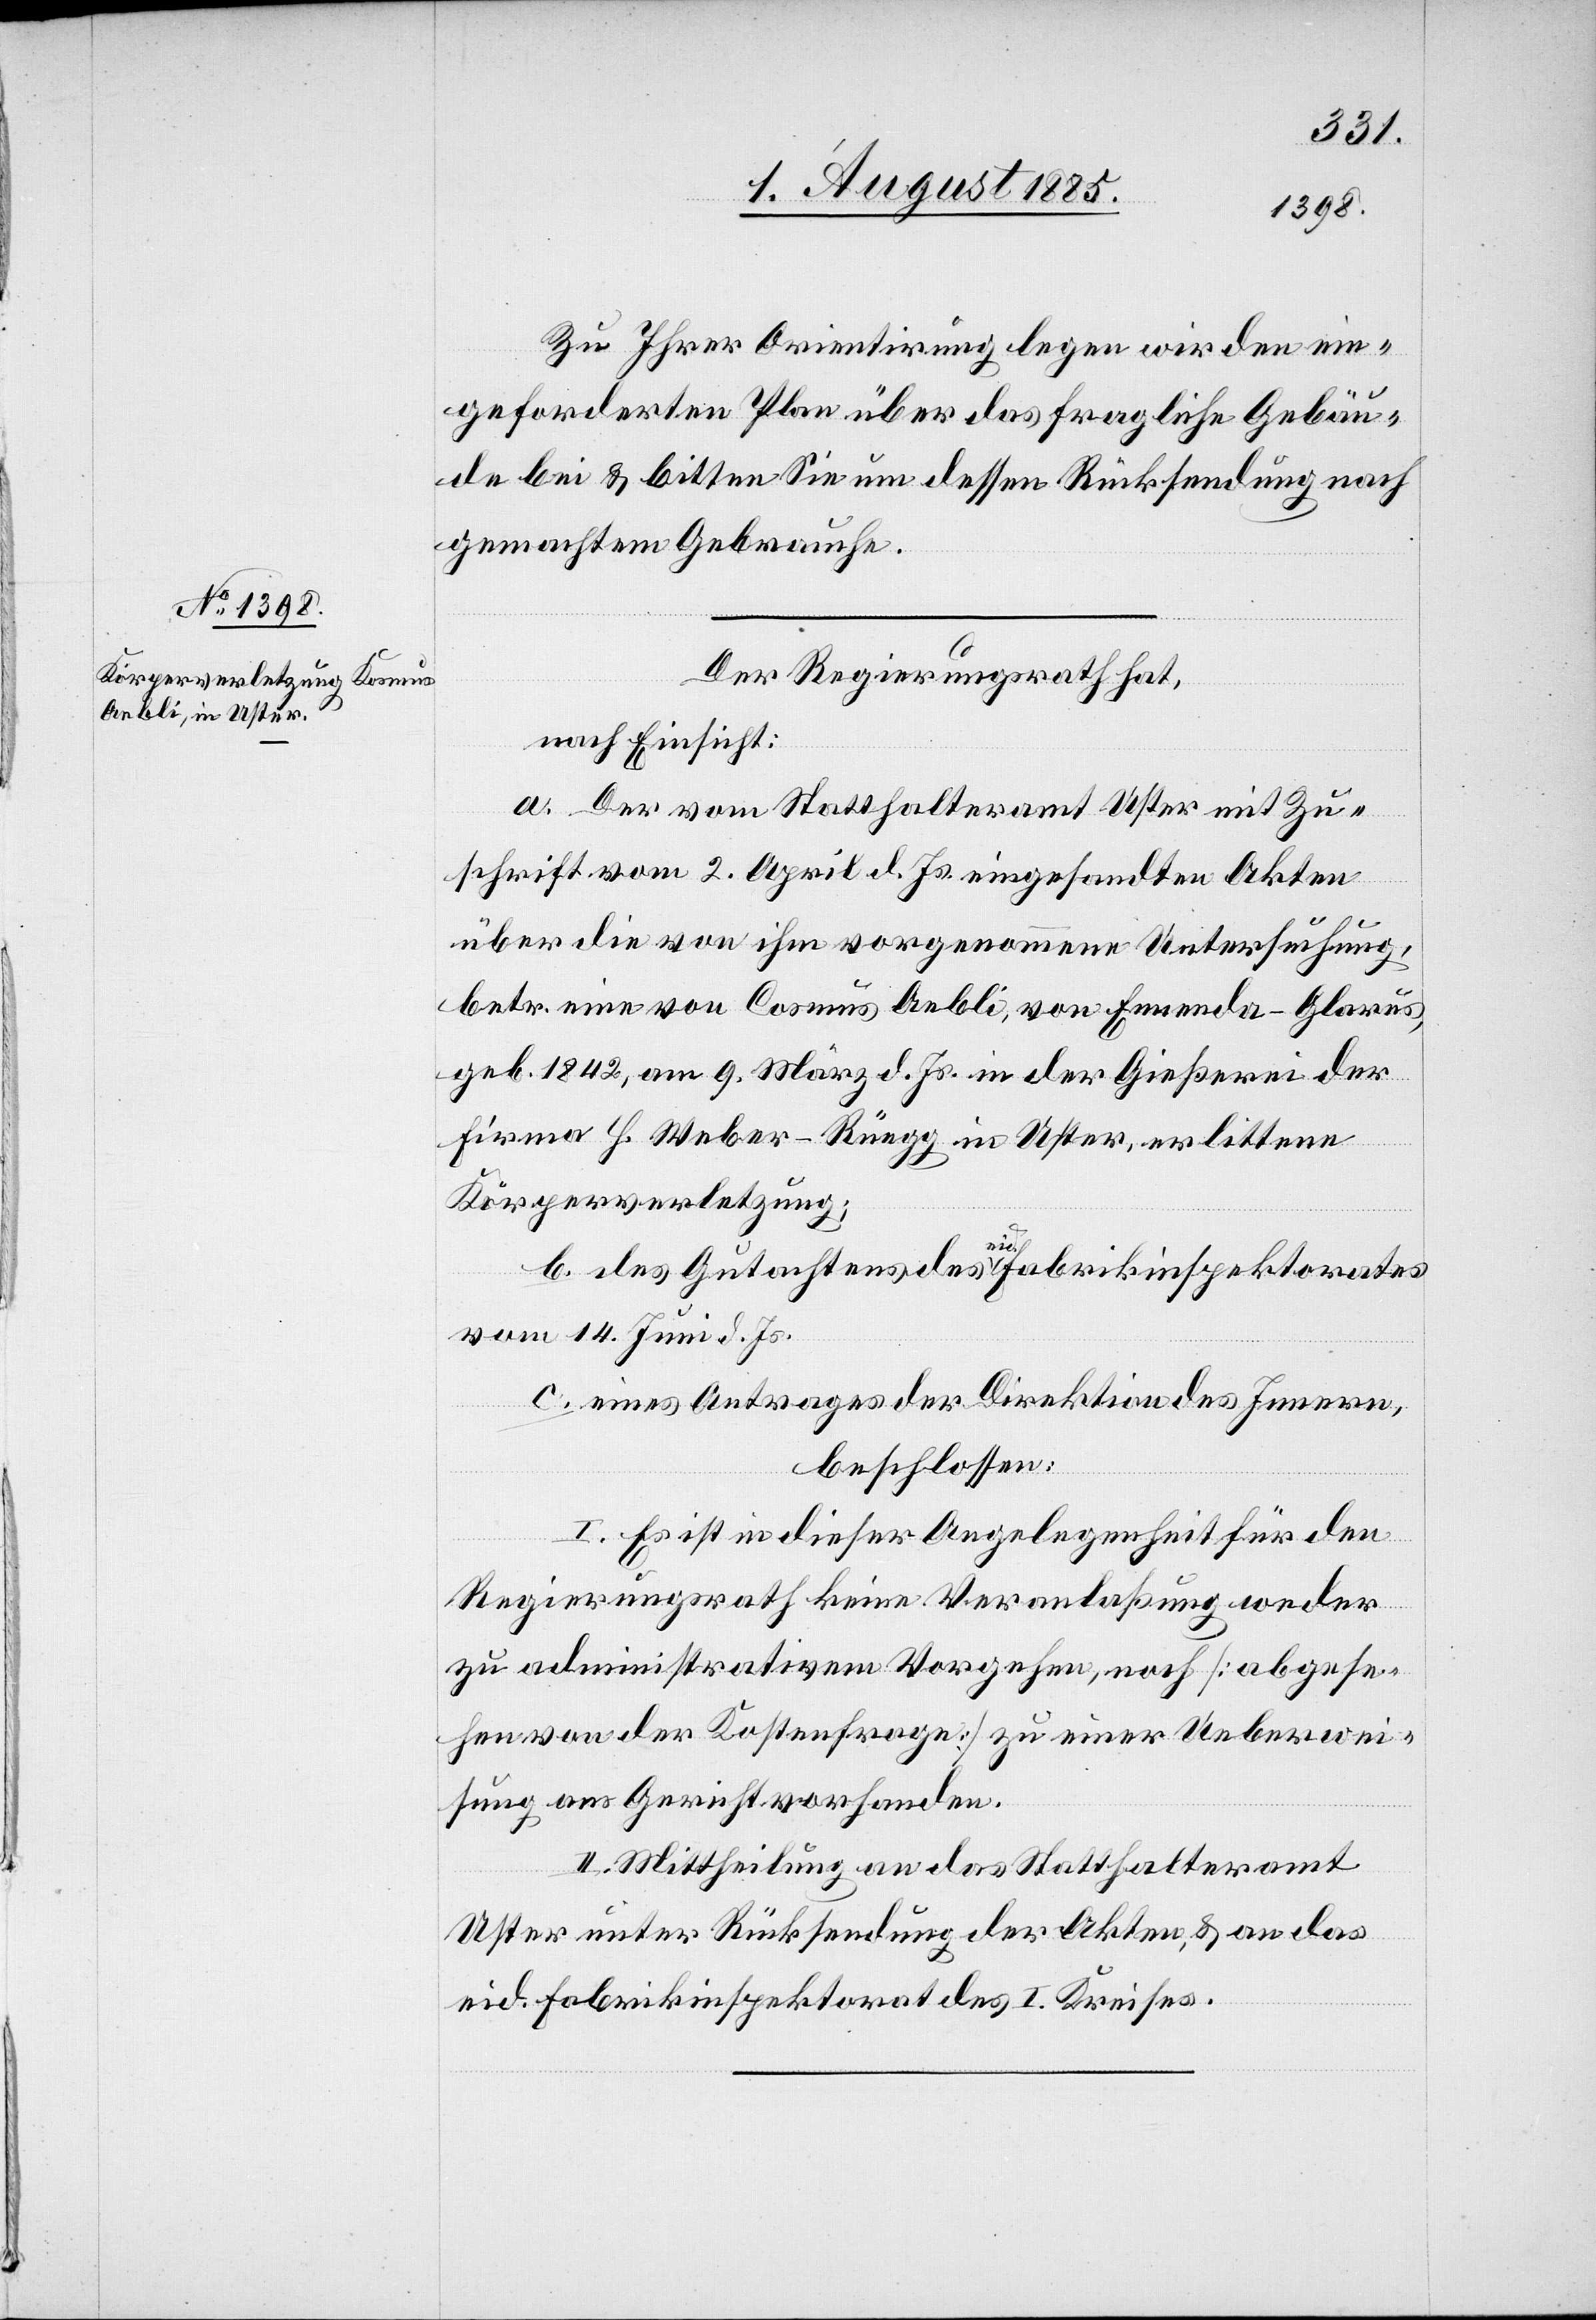
Zu Ihrer Orientirung legen wir den ein¬
geforderten Plan über das fragliche Gebäu¬
de bei & bitten Sie um dessen Rücksendung nach
gemachtem Gebrauche.
Der Regierungsrath hat,
nach Einsicht:
a. Der vom Statthalteramt Uster mit Zu¬
schrift vom 2. April d. Js. eingesandten Akten
über die von ihm vorgenommene Untersuchung,
betr. eine von Cosmus [sic!] Aebli, von Ennenda - Glarus,
geb. 1842, am 9. März d. Js. in der Gießerei der
Firma H. Weber-Rüegg in Uster, erlittene
Körperverletzung;
b. das Gutachten des eid. Fabrikinspektorates
vom 14. Juni d. Js.
c. eines Antrages der Direktion des Innern,
beschlossen:
I. Es ist in dieser Angelegenheit für den
Regierungsrath keine Veranlaßung weder
zu administrativem Vorgehen, noch [abgese¬
hen von der Kostenfrage] zu einer Ueberwei¬
sung ans Gericht vorhanden.
II. Mittheilung an das Statthalteramt
Uster unter Rücksendung der Akten, & an das
eid. Fabrikinspektorat des I. Kreises.